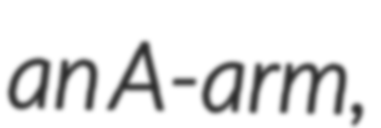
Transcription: an A-arm,